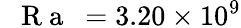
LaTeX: \mathrm{~\textit~{~R~a~}~}=3.20\times 10^{9}